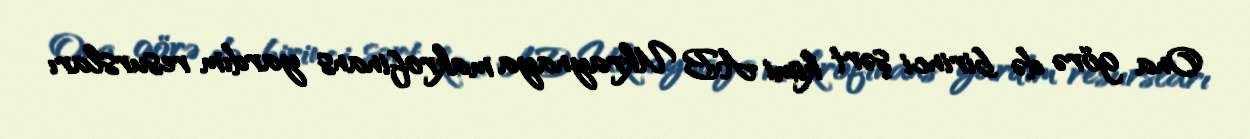
Ona görə də birinci şərt kimi AB Ukraynaya makrofinans yardım resursları